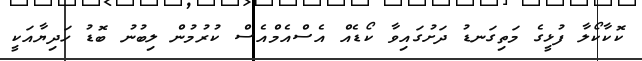
ކޮކާކޯލާ ފުޅީގެ މަތިގަނޑު ދަށުގައިވާ ކޯޑެއް އެސްއެމްއެސް ކުރުމުން ލިބުނު ބޮޑު ހަދިޔާއަކީ